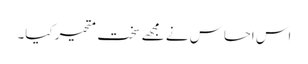
اس احساس نے مجھے سخت متحیر کیا۔